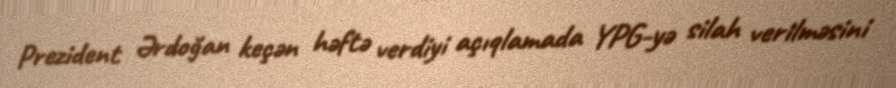
Prezident Ərdoğan keçən həftə verdiyi açıqlamada YPG-yə silah verilməsini